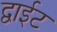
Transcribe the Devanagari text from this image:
द्वाईट